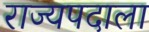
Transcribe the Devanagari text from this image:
राज्यपदाला